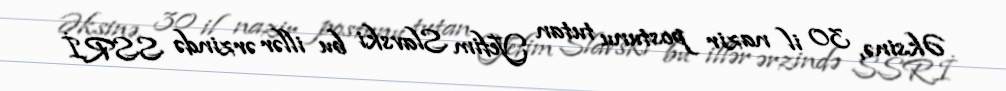
Əksinə, 30 il nazir postunu tutan Yefim Slavski bu illər ərzində SSRİ